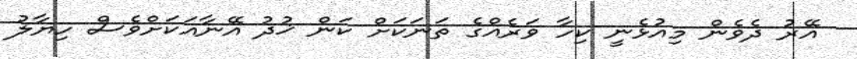
އޭރު ދެވެން މިއުޅެނީ ކިހާ ވަރެއްގެ ތަނަކަށް ކަން ޚުދު އޭނާއަކަށްވެސް ހިޔާލު